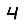
Digit: 4